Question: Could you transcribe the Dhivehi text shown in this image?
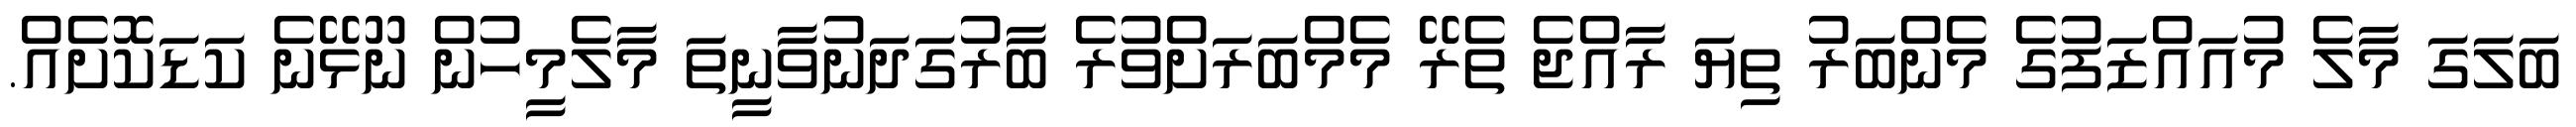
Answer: ބަލަގަ މާލެ މުއައްޒަފުގެ މެންބަރު ތިޔަ ރާއްޖެ ތެރޭ މެމްބަރަށްވުރެ ބާރުގަދަނުވާނީތަ މާލެމީހުން ނޫޅޭނެ ކަޑަކޮށެއް.